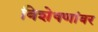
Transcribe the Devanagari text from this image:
विशेषणांवर